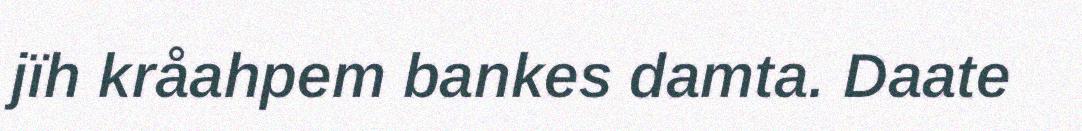
jïh kråahpem bankes damta. Daate